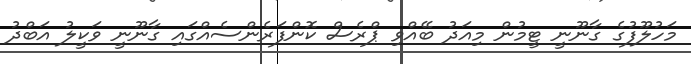
މަހުލޫފުގެ ގާނޫނީ ޓީމުން މިއަދު ބޭއްވި ޕްރެސް ކޮންފަރެންސެއްގައި ގާނޫނީ ވަކީލު އަބްދު